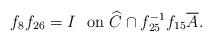
LaTeX: \begin{align*}f_8f_{26} &= I \ \mbox{ on\ $\widehat{C} \cap f_{25}^{-1}f_{15}\overline{A}$}. \end{align*}